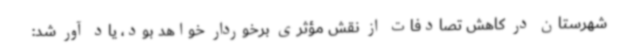
شهرستان در کاهش تصادفات از نقش مؤثری برخوردار خواهد بود، یاد آور شد: